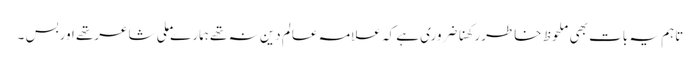
تاہم یہ بات بھی ملحوظ خاطررکھناضروری ہے کہ علامہ عالم دین نہ تھے ہمارے ملی شاعرتھے اوربس ۔